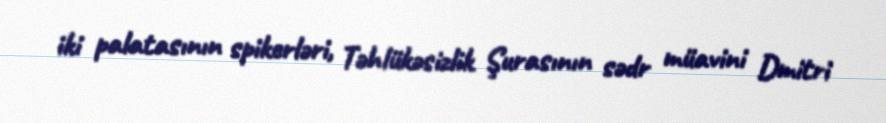
iki palatasının spikerləri, Təhlükəsizlik Şurasının sədr müavini Dmitri